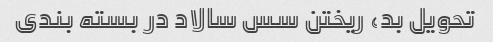
تحویل بد، ریختن سس سالاد در بسته بندی